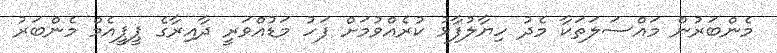
މެންބަރުން މައްސަލަތަކާ މެދު ހިޔާލުފާޅު ކުރެއްވުމަށް ފަހު މަޑުއްވަރީ ދާއިރާގެ ޕީޕީއެމް މެންބަރު